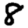
Digit: 8